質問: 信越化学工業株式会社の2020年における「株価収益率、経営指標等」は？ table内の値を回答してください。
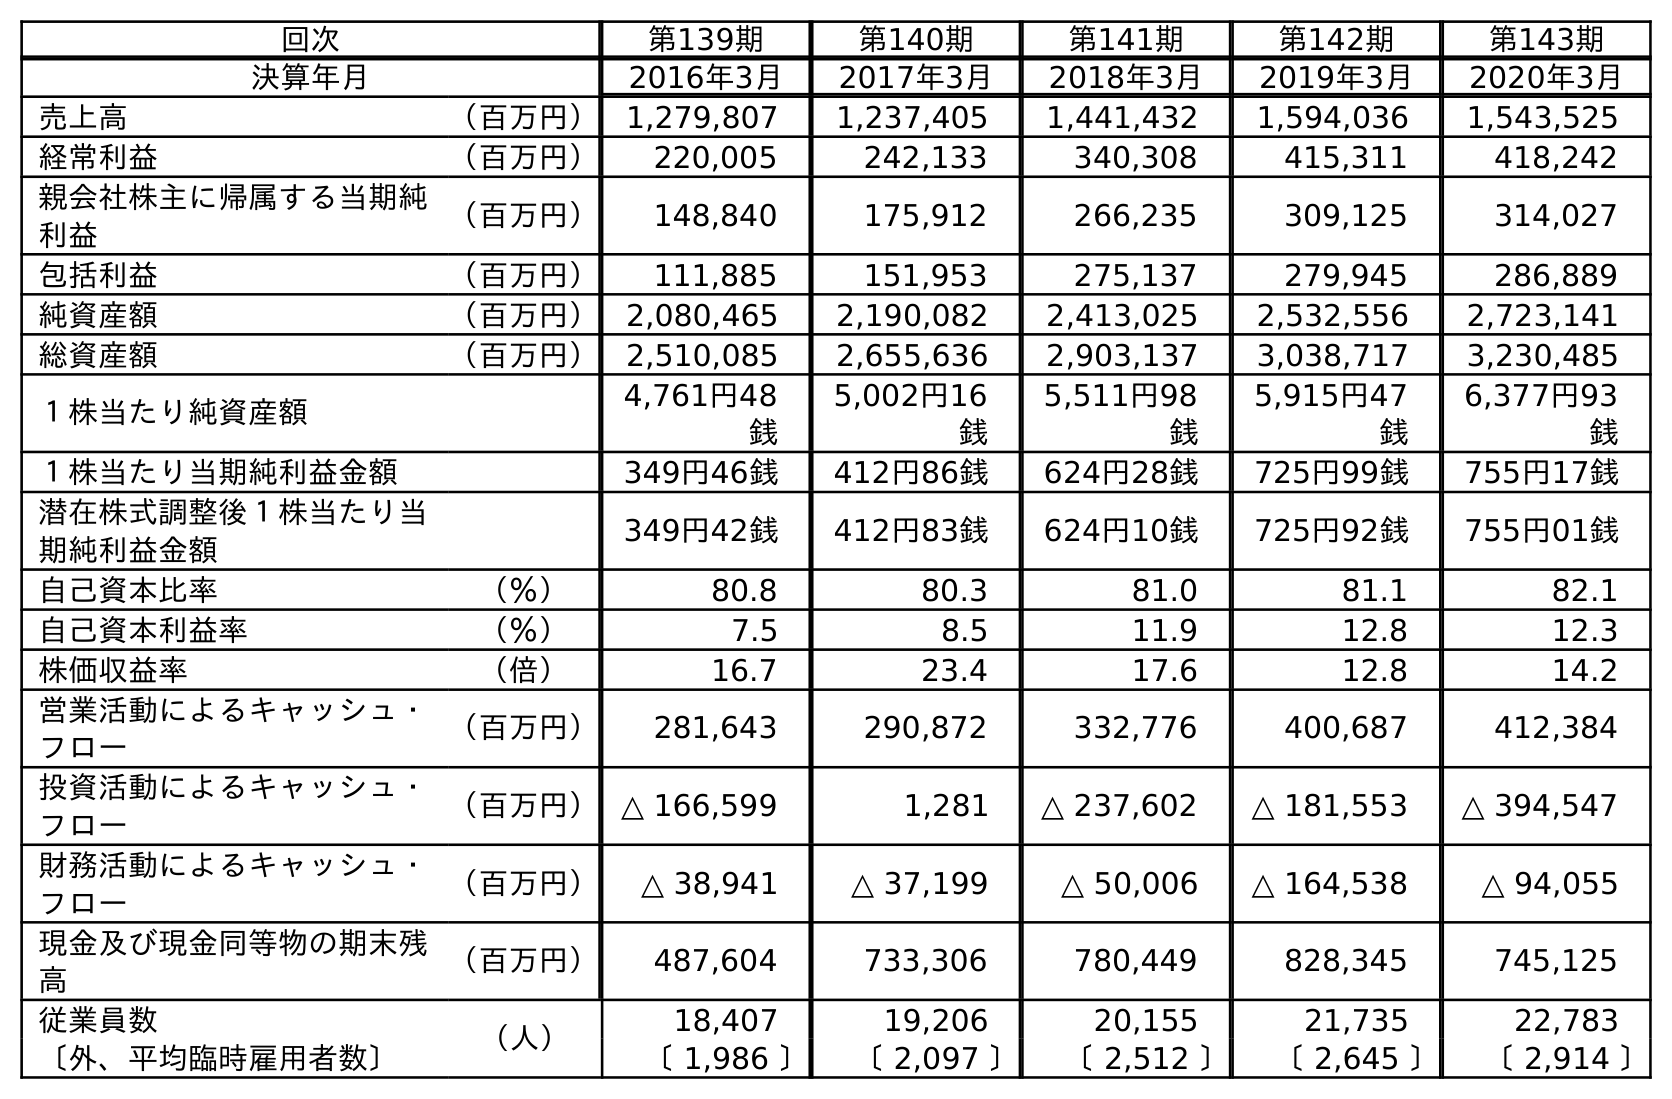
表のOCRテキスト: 回次 第139期 第140期 第141期 第142期 第143期 決算年月 2016年3月 2017年3月 2018年3月 2019年3月 2020年3月 売上高 （百万円） 1,279,807 1,237,405 1,441,432 1,594,036 1,543,525 経常利益 （百万円） 220,005 242,133 340,308 415,311 418,242 親会社株主に帰属する当期純 利益 （百万円） 148,840 175,912 266,235 309,125 314,027 包括利益 （百万円） 111,885 151,953 275,137 279,945 286,889 純資産額 （百万円） 2,080,465 2,190,082 2,413,025 2,532,556 2,723,141 総資産額 （百万円） 2,510,085 2,655,636 2,903,137 3,038,717 3,230,485 １株当たり純資産額 4,761円48 銭 5,002円16 銭 5,511円98 銭 5,915円47 銭 6,377円93 銭 １株当たり当期純利益金額 349円46銭 412円86銭 624円28銭 725円99銭 755円17銭 潜在株式調整後１株当たり当 期純利益金額 349円42銭 412円83銭 624円10銭 725円92銭 755円01銭 自己資本比率 （％） 80.8 80.3 81.0 81.1 82.1 自己資本利益率 （％） 7.5 8.5 11.9 12.8 12.3 株価収益率 （倍） 16.7 23.4 17.6 12.8 14.2 営業活動によるキャッシュ・ フロー （百万円） 281,643 290,872 332,776 400,687 412,384 投資活動によるキャッシュ・ フロー （百万円）△ 166,599 1,281 △ 237,602 △ 181,553 △ 394,547 財務活動によるキャッシュ・ フロー （百万円） △ 38,941 △ 37,199 △ 50,006 △ 164,538 △ 94,055 現金及び現金同等物の期末残 高 （百万円） 487,604 733,306 780,449 828,345 745,125 従業員数 （人） 18,407 19,206 20,155 21,735 22,783 〔外、平均臨時雇用者数〕 〔 1,986 〕 〔 2,097 〕 〔 2,512 〕 〔 2,645 〕 〔 2,914 〕
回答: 14.2